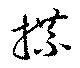
牒